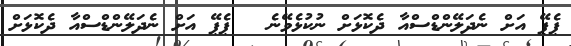
ޕެޕޭ އަށް ނެދަލޭންޑްސްއާ ދެކޮޅަށް ނުކުޅެވޭނެ  	ޕެޕޭ އަށް ނެދަލޭންޑްސްއާ ދެކޮޅަށް